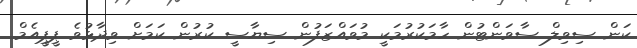
ކަން ސިވިލް ސާވަންޓުން ހާމަކުރުމަކީ މުވައްޒަފުން ސިޔާސީ ކުރުން ކަމަށް ވިދާޅުވެ ޕީޕީއެމް